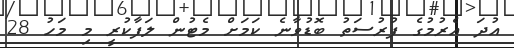
އުދަ އެރުމުގެ ފުރުސަތު ބޮޑުވާނެ ކަމަށް މެޓުން ލަފާކުރީ މި މަހު 28